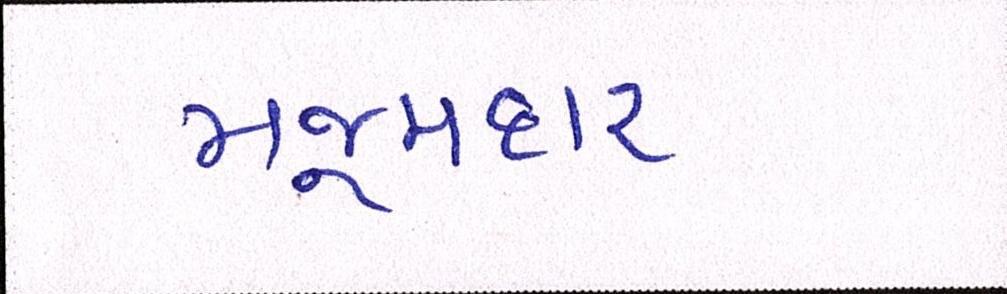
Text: મજૂમદાર